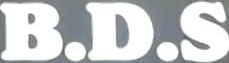
B.D.S